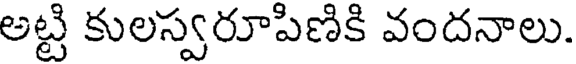
అట్టి కులస్వరూపిణికి వందనాలు.